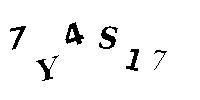
7Y4S17